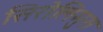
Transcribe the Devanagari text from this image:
सिरोलिमुस